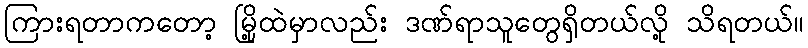
ကြားရတာကတော့ မြို့ထဲမှာလည်း ဒဏ်ရာသူတွေရှိတယ်လို့ သိရတယ်။